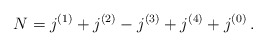
\begin{align*} N = j^{(1)} + j^{(2)} - j^{(3)} + j^{(4)} + j^{(0)} \,. \end{align*}